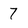
Character: 7